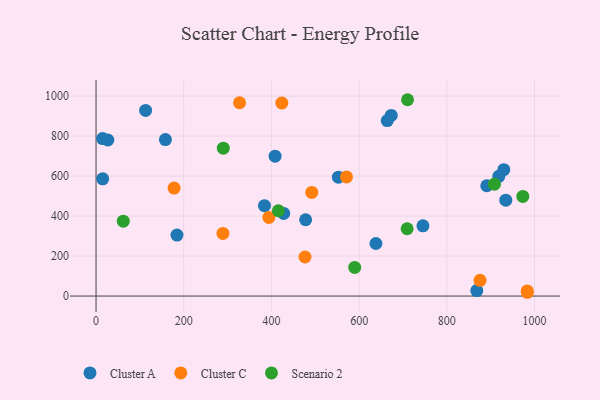
{"axis": {"x": "Distance", "y": "Yield"}, "legend": ["Cluster A", "Cluster C", "Scenario 2"], "data": [{"x": "428.0", "y": 413.4, "type": "Cluster A"}, {"x": "184.5", "y": 304.9, "type": "Cluster A"}, {"x": "745.5", "y": 351.5, "type": "Cluster A"}, {"x": "638.3", "y": 262.9, "type": "Cluster A"}, {"x": "15.2", "y": 586.5, "type": "Cluster A"}, {"x": "868.3", "y": 27.2, "type": "Cluster A"}, {"x": "929.9", "y": 632.3, "type": "Cluster A"}, {"x": "384.1", "y": 451.9, "type": "Cluster A"}, {"x": "26.9", "y": 780.7, "type": "Cluster A"}, {"x": "673.3", "y": 903.5, "type": "Cluster A"}, {"x": "15.0", "y": 787.6, "type": "Cluster A"}, {"x": "552.7", "y": 594.9, "type": "Cluster A"}, {"x": "478.0", "y": 381.8, "type": "Cluster A"}, {"x": "158.2", "y": 782.7, "type": "Cluster A"}, {"x": "918.5", "y": 598.8, "type": "Cluster A"}, {"x": "934.5", "y": 479.6, "type": "Cluster A"}, {"x": "408.3", "y": 699.9, "type": "Cluster A"}, {"x": "113.0", "y": 928.6, "type": "Cluster A"}, {"x": "664.1", "y": 878.1, "type": "Cluster A"}, {"x": "891.1", "y": 551.8, "type": "Cluster A"}, {"x": "178.0", "y": 540.4, "type": "Cluster C"}, {"x": "423.7", "y": 965.7, "type": "Cluster C"}, {"x": "289.4", "y": 313.2, "type": "Cluster C"}, {"x": "394.2", "y": 393.6, "type": "Cluster C"}, {"x": "571.2", "y": 596.2, "type": "Cluster C"}, {"x": "875.8", "y": 78.5, "type": "Cluster C"}, {"x": "492.0", "y": 518.3, "type": "Cluster C"}, {"x": "327.3", "y": 967.1, "type": "Cluster C"}, {"x": "476.6", "y": 195.4, "type": "Cluster C"}, {"x": "983.3", "y": 25.6, "type": "Cluster C"}, {"x": "983.7", "y": 18.9, "type": "Cluster C"}, {"x": "709.5", "y": 336.6, "type": "Scenario 2"}, {"x": "589.9", "y": 143.1, "type": "Scenario 2"}, {"x": "973.3", "y": 498.2, "type": "Scenario 2"}, {"x": "710.4", "y": 982.2, "type": "Scenario 2"}, {"x": "62.1", "y": 374.7, "type": "Scenario 2"}, {"x": "415.8", "y": 426.8, "type": "Scenario 2"}, {"x": "908.5", "y": 559.5, "type": "Scenario 2"}, {"x": "290.2", "y": 739.8, "type": "Scenario 2"}]}